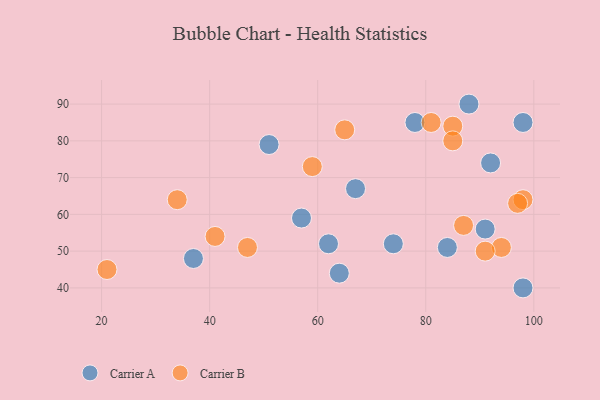
{"axis": {"x": "GDP", "y": "Life Expectancy"}, "legend": ["Carrier A", "Carrier B"], "data": [{"x": "67", "y": 67, "type": "Carrier A"}, {"x": "57", "y": 59, "type": "Carrier A"}, {"x": "92", "y": 74, "type": "Carrier A"}, {"x": "98", "y": 40, "type": "Carrier A"}, {"x": "64", "y": 44, "type": "Carrier A"}, {"x": "78", "y": 85, "type": "Carrier A"}, {"x": "88", "y": 90, "type": "Carrier A"}, {"x": "91", "y": 56, "type": "Carrier A"}, {"x": "98", "y": 85, "type": "Carrier A"}, {"x": "84", "y": 51, "type": "Carrier A"}, {"x": "51", "y": 79, "type": "Carrier A"}, {"x": "37", "y": 48, "type": "Carrier A"}, {"x": "62", "y": 52, "type": "Carrier A"}, {"x": "74", "y": 52, "type": "Carrier A"}, {"x": "21", "y": 45, "type": "Carrier B"}, {"x": "94", "y": 51, "type": "Carrier B"}, {"x": "59", "y": 73, "type": "Carrier B"}, {"x": "85", "y": 84, "type": "Carrier B"}, {"x": "98", "y": 64, "type": "Carrier B"}, {"x": "41", "y": 54, "type": "Carrier B"}, {"x": "81", "y": 85, "type": "Carrier B"}, {"x": "97", "y": 63, "type": "Carrier B"}, {"x": "47", "y": 51, "type": "Carrier B"}, {"x": "34", "y": 64, "type": "Carrier B"}, {"x": "65", "y": 83, "type": "Carrier B"}, {"x": "87", "y": 57, "type": "Carrier B"}, {"x": "85", "y": 80, "type": "Carrier B"}, {"x": "91", "y": 50, "type": "Carrier B"}]}